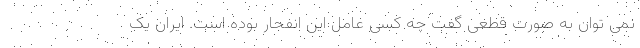
نمی توان به صورت قطعی گفت چه کسی عامل این انفجار بوده است. ایران یک